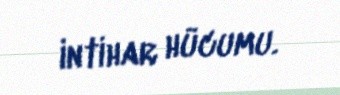
intihar hücumu.